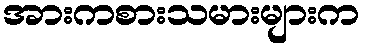
အားကစားသမားများက